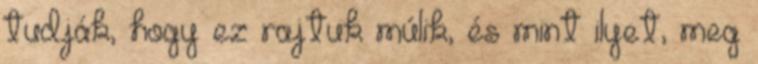
tudják, hogy ez rajtuk múlik, és mint ilyet, meg